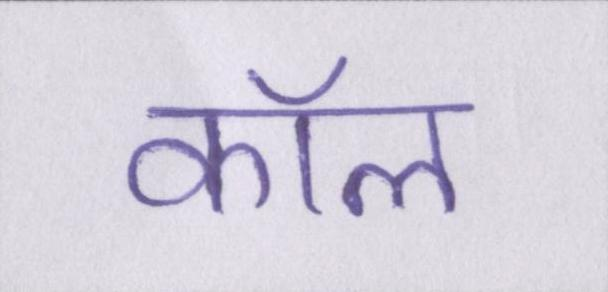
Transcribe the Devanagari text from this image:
कॉल